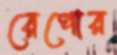
রেপোর